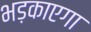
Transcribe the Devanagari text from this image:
भड़काएगा